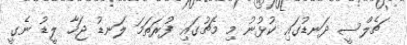
ޗެލްސީ ދަނޑުގައި ކުޅުނު މި މެޗުގައި ފުރަތަމަ ލަނޑު ޖަހާ ލީޑު ނެގީ